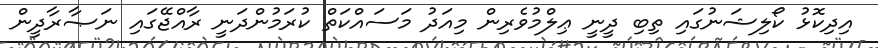
އިދިކޮޅު ކޯލިޝަނުގައި ތިބި ދީނީ ޢިލްމުވެރިން މިއަދު މަސައްކަތް ކުރަމުންދަނީ ރާއްޖޭގައި ނަޞާރާދީން